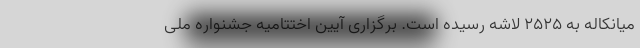
میانکاله به ۲۵۲۵ لاشه رسیده است. برگزاری آیین اختتامیه جشنواره ملی